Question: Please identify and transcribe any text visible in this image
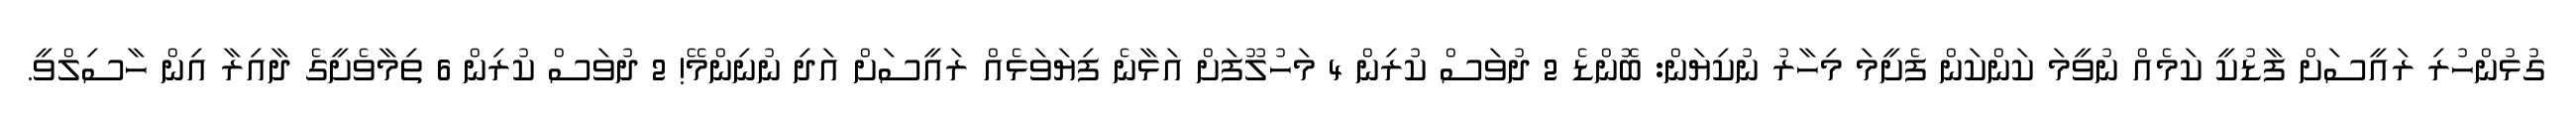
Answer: ގުޅުންހުރި ރައީސަށް ފާޑުކީ ކަމެއް ނުވީމަ ކަންކަން ފެށީމަ މިހާރު ނުކިޔަން: ބޮންޑެ 2 ދުވަސް ކުރިން 4 މަހުލޫފަށް އަޅާނެ ފިޔަވަޅެއް ރައީސަށް އަދި ނުނިންމޭ! 2 ދުވަސް ކުރިން 6 ތިމާވެށީގެ ދާއިރާ އިން ހާސިލްވީ.